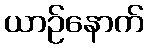
ယာဉ်နောက်